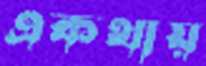
একথায়